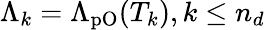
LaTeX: \Lambda_{k}=\Lambda_{\mathrm{pO}}(T_{k}),k\le n_{d}